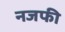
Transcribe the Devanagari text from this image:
नजफी